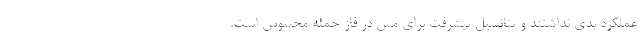
عملکرد بدی نداشتند و پتانسیل پیشرفت برای مس در فاز حمله محسوس است.